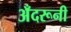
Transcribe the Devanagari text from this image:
अँदरूनी